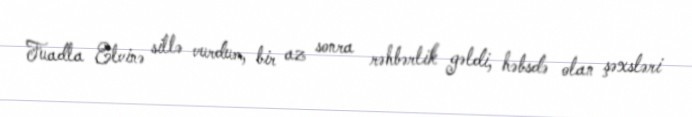
Fuadla Elvinə sillə vurdum, bir az sonra rəhbərlik gəldi, həbsdə olan şəxsləri